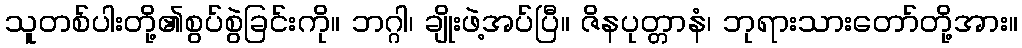
သူတစ်ပါးတို့၏စွပ်စွဲခြင်းကို။ ဘဂ္ဂါ၊ ချိုးဖဲ့အပ်ပြီ။ ဇိနပုတ္တာနံ၊ ဘုရားသားတော်တို့အား။